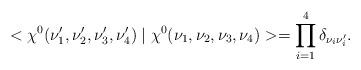
LaTeX: \begin{align*}<\chi^{0}(\nu'_{1},\nu'_{2},\nu'_{3},\nu'_{4})\mid\chi^{0}(\nu_{1},\nu_{2},\nu_{3},\nu_{4})>=\prod_{i=1}^{4}\delta_{\nu_{i}\nu'_{i}}.\end{align*}